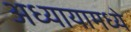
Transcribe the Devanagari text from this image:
अध्यायामध्ये